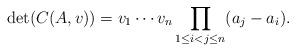
LaTeX: \begin{align*}\det(C(A,v)) = v_1 \cdots v_n \prod_{1 \leq i < j \leq n} (a_j - a_i).\end{align*}